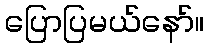
ပြောပြမယ်နော်။